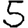
Digit: 5